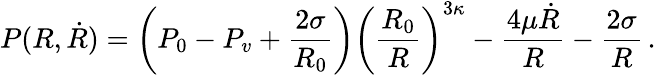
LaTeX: P(R,\dot{R})=\left(P_{0}-P_{v}+\frac{2\sigma}{R_{0}}\right)\left(\frac{R_{0}}{R}\right)^{3\kappa}-\frac{4\mu\dot{R}}{R}-\frac{2\sigma}{R}\, .